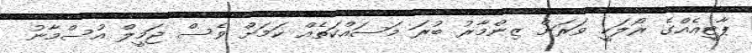
ޕާޓީއެއްގެ ރޯލަކީ ވަރަށް ޒިންމާާރު ބުރަ މަސައްކަތެއް ކަމަށް ވެސް ޖަމީލް އުސްމާނު